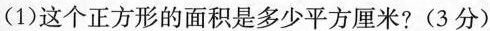
(1)这个正方形的面积是多少平方厘米?(3分)